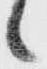
候